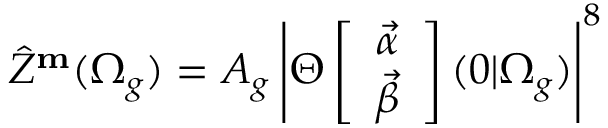
\hat { Z } ^ { \bf m } ( \Omega _ { g } ) = A _ { g } \left| \Theta \left[ \begin{array} { c } { { { \vec { \alpha } } } } \\ { { { \vec { \beta } } } } \end{array} \right] ( 0 \vert \Omega _ { g } ) \right| ^ { 8 }